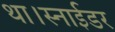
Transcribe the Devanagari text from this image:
था।स्नाईडर